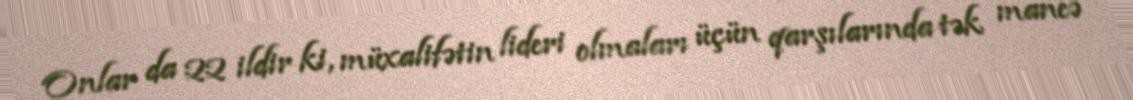
Onlar da 22 ildir ki, müxalifətin lideri olmaları üçün qarşılarında tək maneə